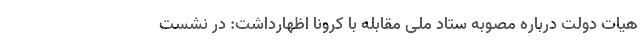
هیات دولت درباره مصوبه ستاد ملی مقابله با کرونا اظهارداشت: در نشست